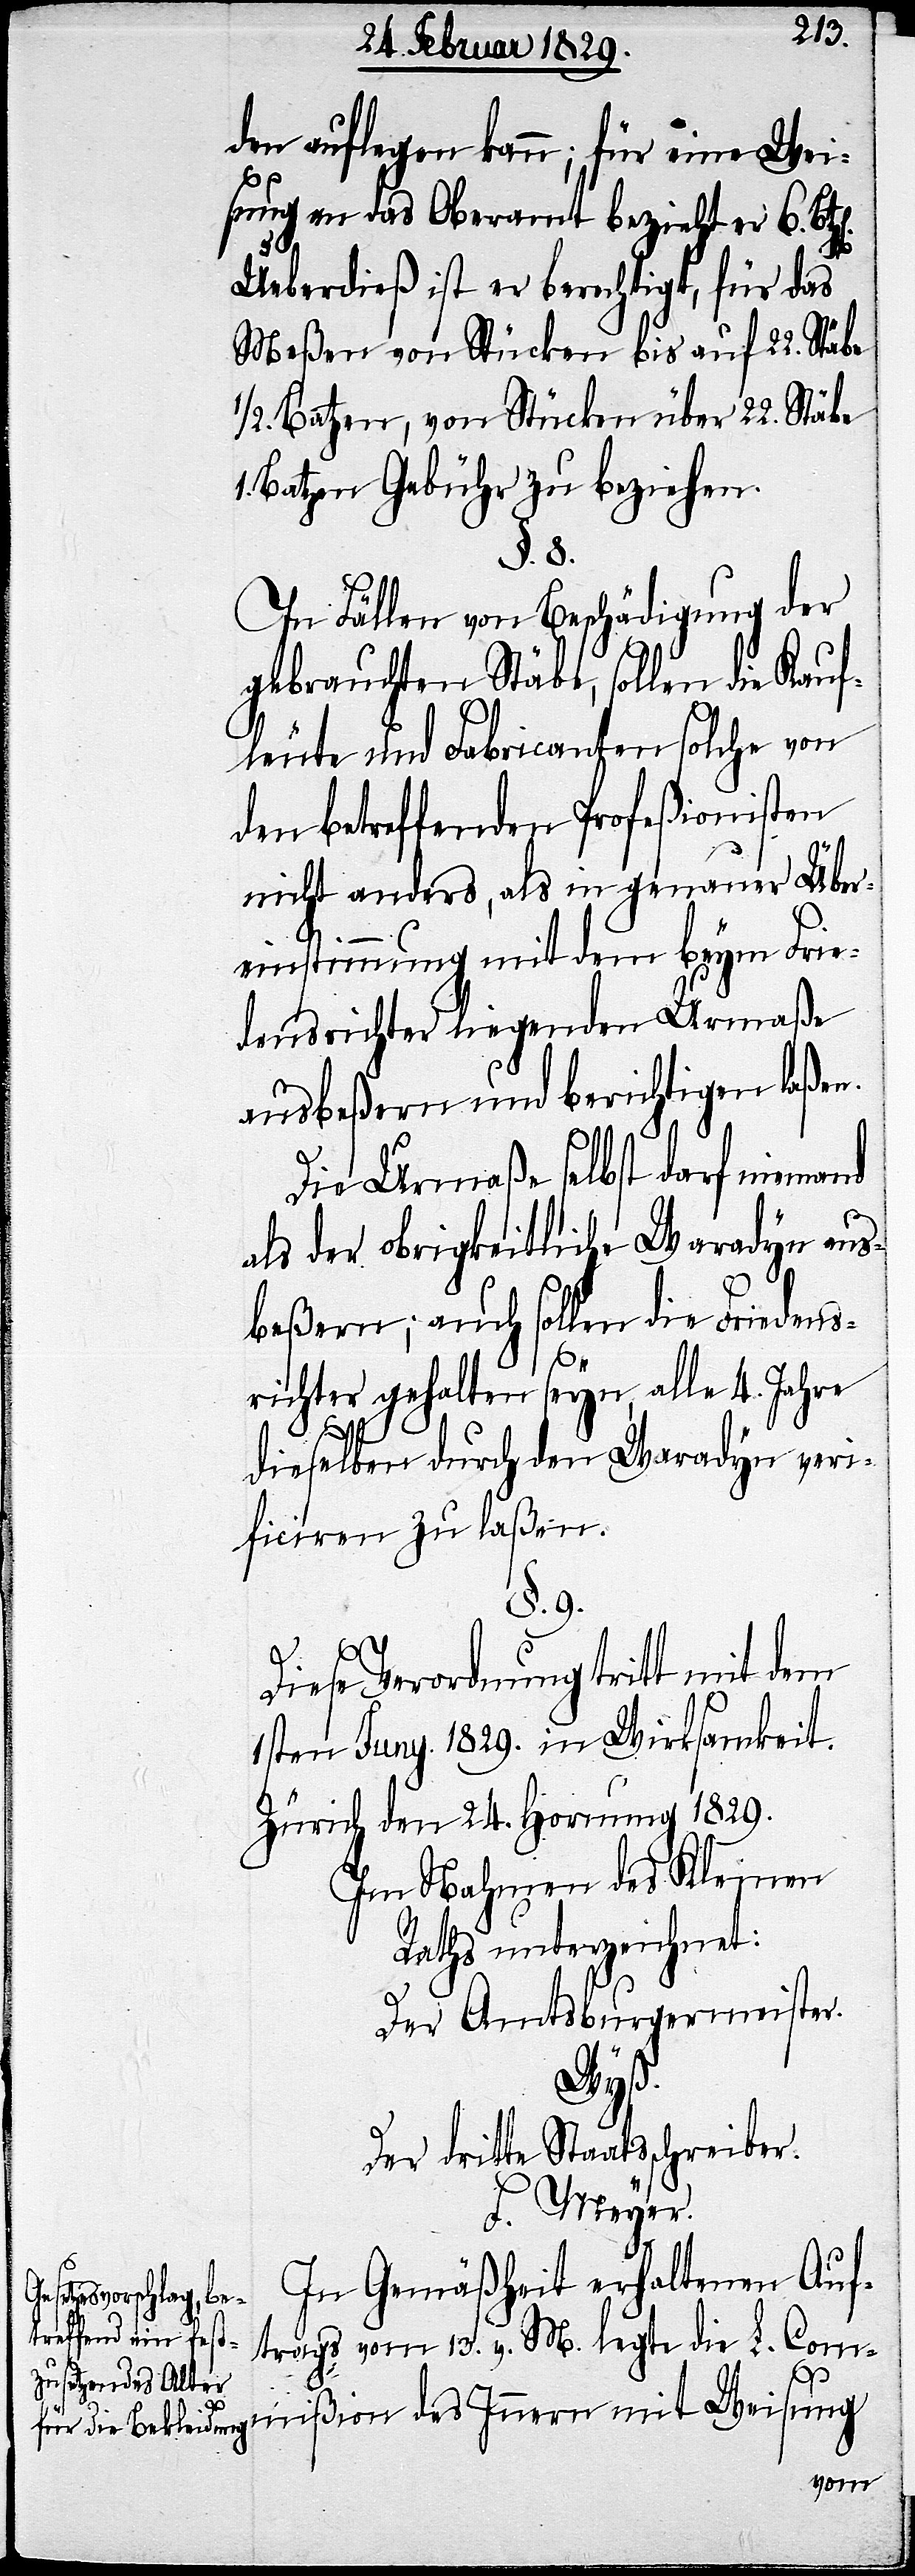
den auflegen kann; für eine Wei¬
sung an das Oberamt bezieht er 6.
Ueberdieß ist er berechtigt, für das
Meßen von Stücken bis auf 22. Stäbe
½. Batzen, von Stücken über 22. Stäbe
1. Batzen Gebühr zu beziehen.
§. 8.
In Fällen von Beschädigung der
gebrauchten Stäbe, sollen die Kauf¬
leute und Fabricanten solche von
den betreffenden Profeßionisten
nicht anders, als in genauer Über¬
einstimmung mit dem beym Frie¬
densrichter liegenden Urmaße
ausbeßern und berichtigen laßen.
Die Urmaße selbst darf niemand
als der obrigkeitliche Waradyn aus¬
beßern; auch sollen die Friedens¬
richter gehalten seyn, alle 4. Jahre
dieselben durch den Waradyn veri¬
ficiren zu laßen.
§.9.
Diese Verordnung tritt mit dem
1sten Juny 1829. in Wirksamkeit.
Zürich den 24. Hornung 1829.
Im Nahmen der Kleinen
Raths unterzeichnet:
Der Amtsburgermeister
Wyß.
Der dritte Staatsschreiber
F. Meyer.
In Gemäßheit erhaltenen Auf¬
trags vom 13. v. M. legte die L. Com¬
mißion des Innern mit Weisung